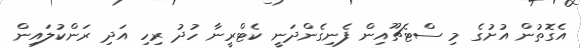
އެގޮތުން އުށުގެ މި ސްޓެޗޫއިން ފެނިގެންދަނީ ކެޓްރީނާ ހުދު ރިހި އަދި ރަންކުލައިން